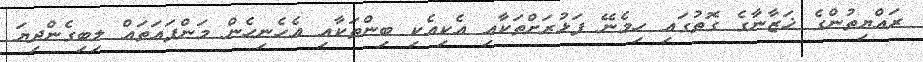
ރައްޔިތުންގެ ޚަޒާނާގެ ގޮތުގައި ހިމެނޭ ފަޅުރަށްތަކާއި އެކިއެކި ބިންތަކާއި އެހެނިހެން މަންފައަތައް ލިބިގެންދިޔަ